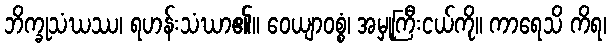
ဘိက္ခုသံဃဿ၊ ရဟန်းသံဃာ၏။ ဝေယျာဝစ္စံ၊ အမှုကြီးငယ်ကို။ ကာရေသိ ကိရ၊